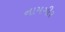
નામગીર